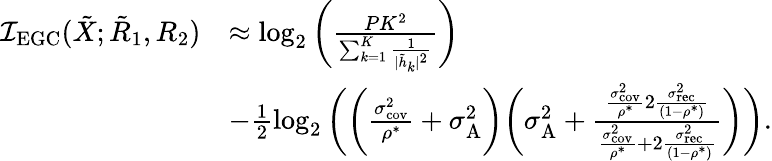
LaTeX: \begin{array}{rl}{\mathcal{I}_{\textrm{EGC}}({{{\tilde{X}}}};{{{\tilde{R}}}_{1}},{{{R}}_{2}})}&{\approx\log_{2}\bigg(\frac{PK^{2}}{\sum_{k=1}^{K}\frac{1}{|\tilde{h}_{k}|^{2}}}\bigg)}\\ &{-\frac{1}{2}\log_{2}\bigg(\bigg({{\frac{\sigma_{\textrm{cov}}^{2}}{\rho^{*}}}}+\sigma_{\textrm{A}}^{2}\bigg)\bigg({\sigma_{\textrm{A}}^{2}}+\frac{{{\frac{\sigma_{\textrm{cov}}^{2}}{\rho^{*}}}}2\frac{\sigma_{\textrm{rec}}^{2}}{(1-\rho^{*})}}{{{\frac{\sigma_{\textrm{cov}}^{2}}{\rho^{*}}}}+2\frac{\sigma_{\textrm{rec}}^{2}}{(1-\rho^{*})}}\bigg)\bigg).}\end{array}